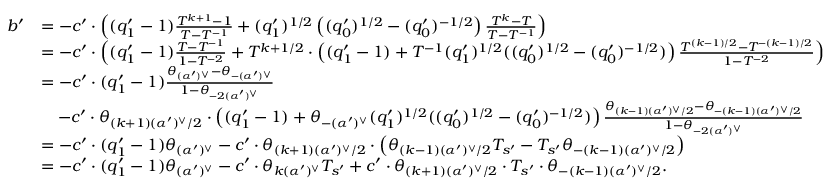
\begin{array} { r l } { b ^ { \prime } } & { = - c ^ { \prime } \cdot \left( ( q _ { 1 } ^ { \prime } - 1 ) \frac { T ^ { k + 1 } - 1 } { T - T ^ { - 1 } } + ( q _ { 1 } ^ { \prime } ) ^ { 1 / 2 } \left( ( q _ { 0 } ^ { \prime } ) ^ { 1 / 2 } - ( q _ { 0 } ^ { \prime } ) ^ { - 1 / 2 } \right) \frac { T ^ { k } - T } { T - T ^ { - 1 } } \right) } \\ & { = - c ^ { \prime } \cdot \left( ( q _ { 1 } ^ { \prime } - 1 ) \frac { T - T ^ { - 1 } } { 1 - T ^ { - 2 } } + T ^ { k + 1 / 2 } \cdot \left( ( q _ { 1 } ^ { \prime } - 1 ) + T ^ { - 1 } ( q _ { 1 } ^ { \prime } ) ^ { 1 / 2 } ( ( q _ { 0 } ^ { \prime } ) ^ { 1 / 2 } - ( q _ { 0 } ^ { \prime } ) ^ { - 1 / 2 } ) \right) \frac { T ^ { ( k - 1 ) / 2 } - T ^ { - ( k - 1 ) / 2 } } { 1 - T ^ { - 2 } } \right) } \\ & { = - c ^ { \prime } \cdot ( q _ { 1 } ^ { \prime } - 1 ) \frac { \theta _ { ( \alpha ^ { \prime } ) ^ { \vee } } - \theta _ { - ( \alpha ^ { \prime } ) ^ { \vee } } } { 1 - \theta _ { - 2 ( \alpha ^ { \prime } ) ^ { \vee } } } } \\ & { \quad - c ^ { \prime } \cdot \theta _ { ( k + 1 ) ( \alpha ^ { \prime } ) ^ { \vee } / 2 } \cdot \left( ( q _ { 1 } ^ { \prime } - 1 ) + \theta _ { - ( \alpha ^ { \prime } ) ^ { \vee } } ( q _ { 1 } ^ { \prime } ) ^ { 1 / 2 } ( ( q _ { 0 } ^ { \prime } ) ^ { 1 / 2 } - ( q _ { 0 } ^ { \prime } ) ^ { - 1 / 2 } ) \right) \frac { \theta _ { ( k - 1 ) ( \alpha ^ { \prime } ) ^ { \vee } / 2 } - \theta _ { - ( k - 1 ) ( \alpha ^ { \prime } ) ^ { \vee } / 2 } } { 1 - \theta _ { - 2 ( \alpha ^ { \prime } ) ^ { \vee } } } } \\ & { = - c ^ { \prime } \cdot ( q _ { 1 } ^ { \prime } - 1 ) \theta _ { ( \alpha ^ { \prime } ) ^ { \vee } } - c ^ { \prime } \cdot \theta _ { ( k + 1 ) ( \alpha ^ { \prime } ) ^ { \vee } / 2 } \cdot \left( \theta _ { ( k - 1 ) ( \alpha ^ { \prime } ) ^ { \vee } / 2 } T _ { s ^ { \prime } } - T _ { s ^ { \prime } } \theta _ { - ( k - 1 ) ( \alpha ^ { \prime } ) ^ { \vee } / 2 } \right) } \\ & { = - c ^ { \prime } \cdot ( q _ { 1 } ^ { \prime } - 1 ) \theta _ { ( \alpha ^ { \prime } ) ^ { \vee } } - c ^ { \prime } \cdot \theta _ { k ( \alpha ^ { \prime } ) ^ { \vee } } T _ { s ^ { \prime } } + c ^ { \prime } \cdot \theta _ { ( k + 1 ) ( \alpha ^ { \prime } ) ^ { \vee } / 2 } \cdot T _ { s ^ { \prime } } \cdot \theta _ { - ( k - 1 ) ( \alpha ^ { \prime } ) ^ { \vee } / 2 } . } \end{array}